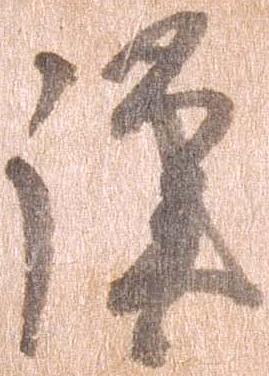
謹